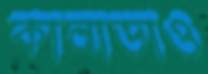
কানাডাও